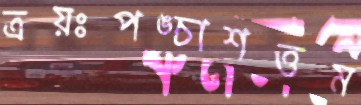
ত্রয়ঃপঙ্চাশত্তম